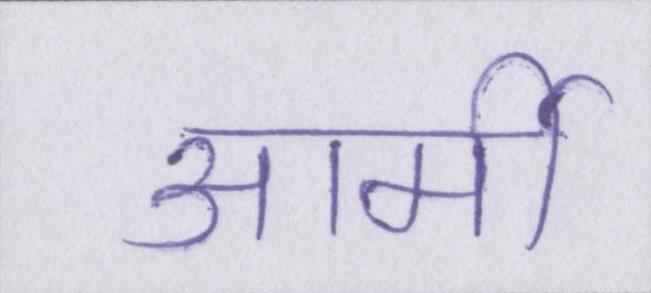
आर्मी